65_HS1-834228961_62-HQ-83894_Section_6
Agency: FBI
Page 75
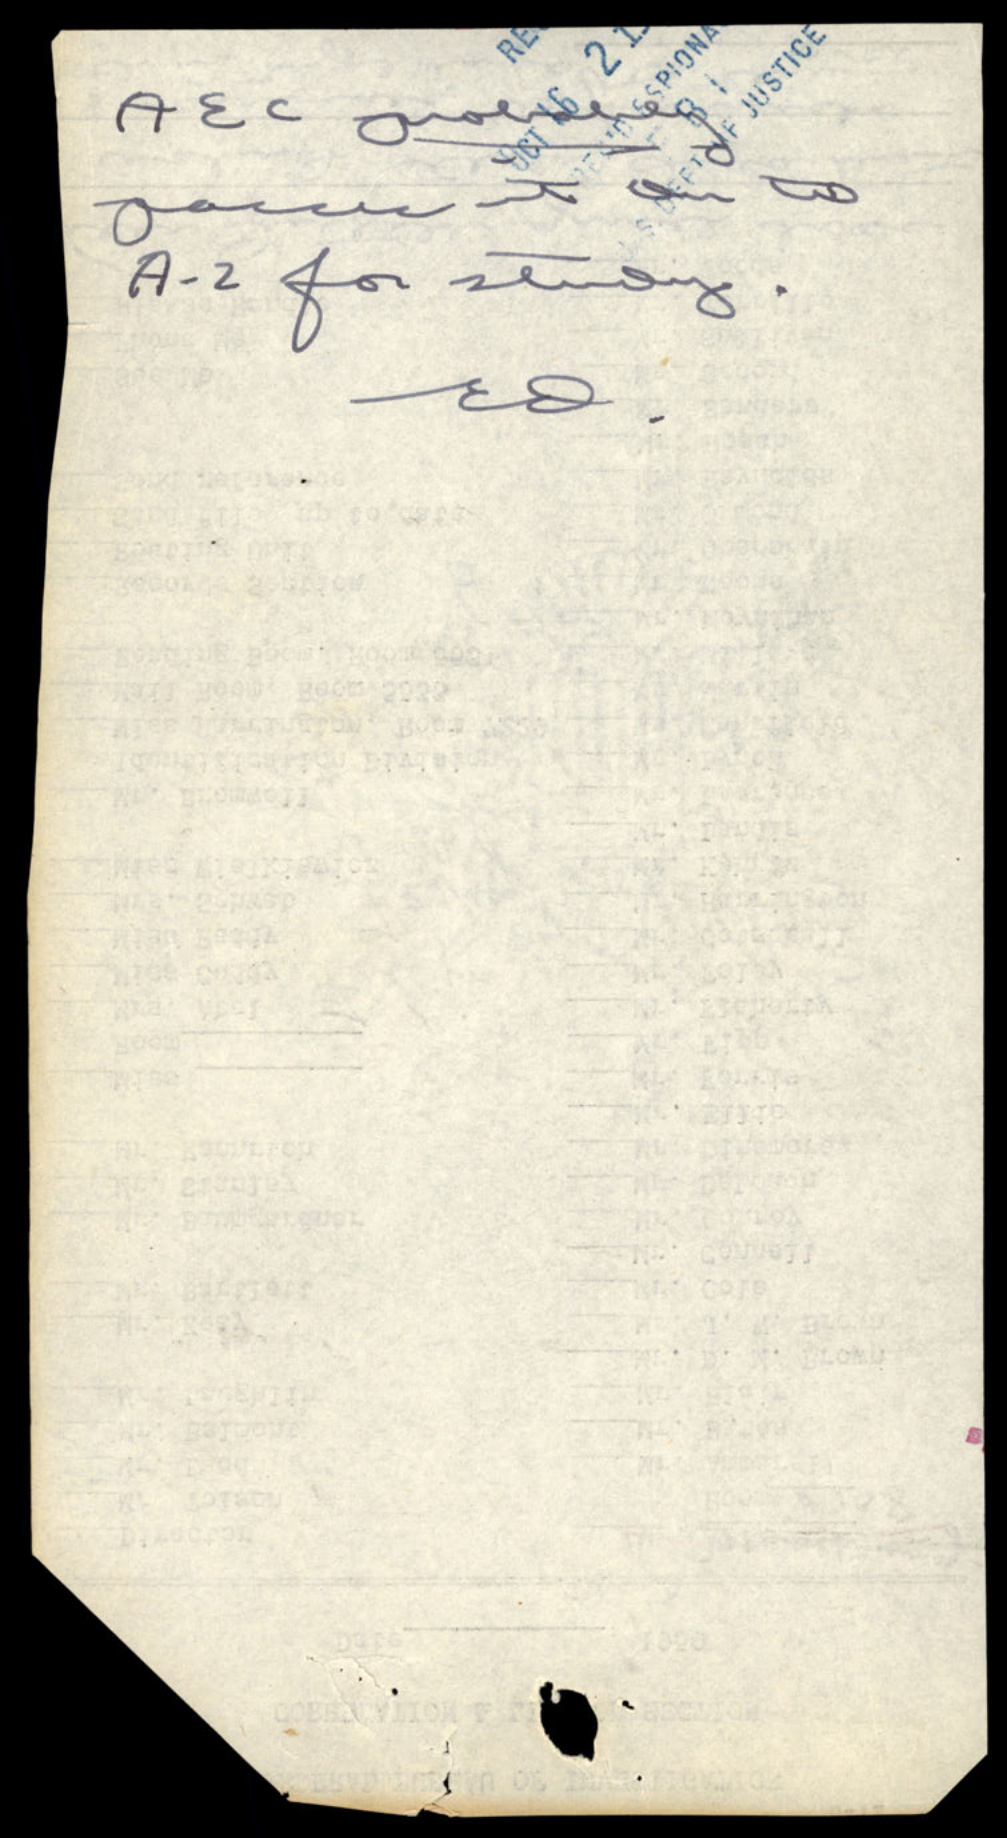